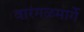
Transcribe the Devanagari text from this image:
वारंगळमार्गे